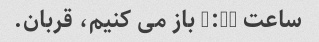
ساعت 6:30 باز می کنیم، قربان.